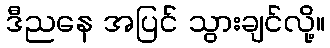
ဒီညနေ အပြင် သွားချင်လို့။